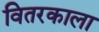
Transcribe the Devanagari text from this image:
वितरकाला